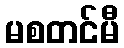
မစတင်မီ